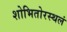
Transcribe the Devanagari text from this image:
शोभितोरस्थलं